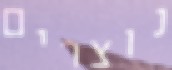
נוצרים